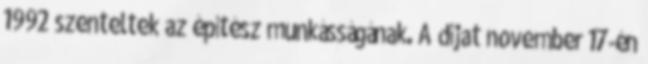
1992 szenteltek az építész munkásságának. A díjat november 17-én